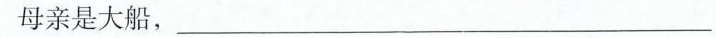
母亲是大船，___